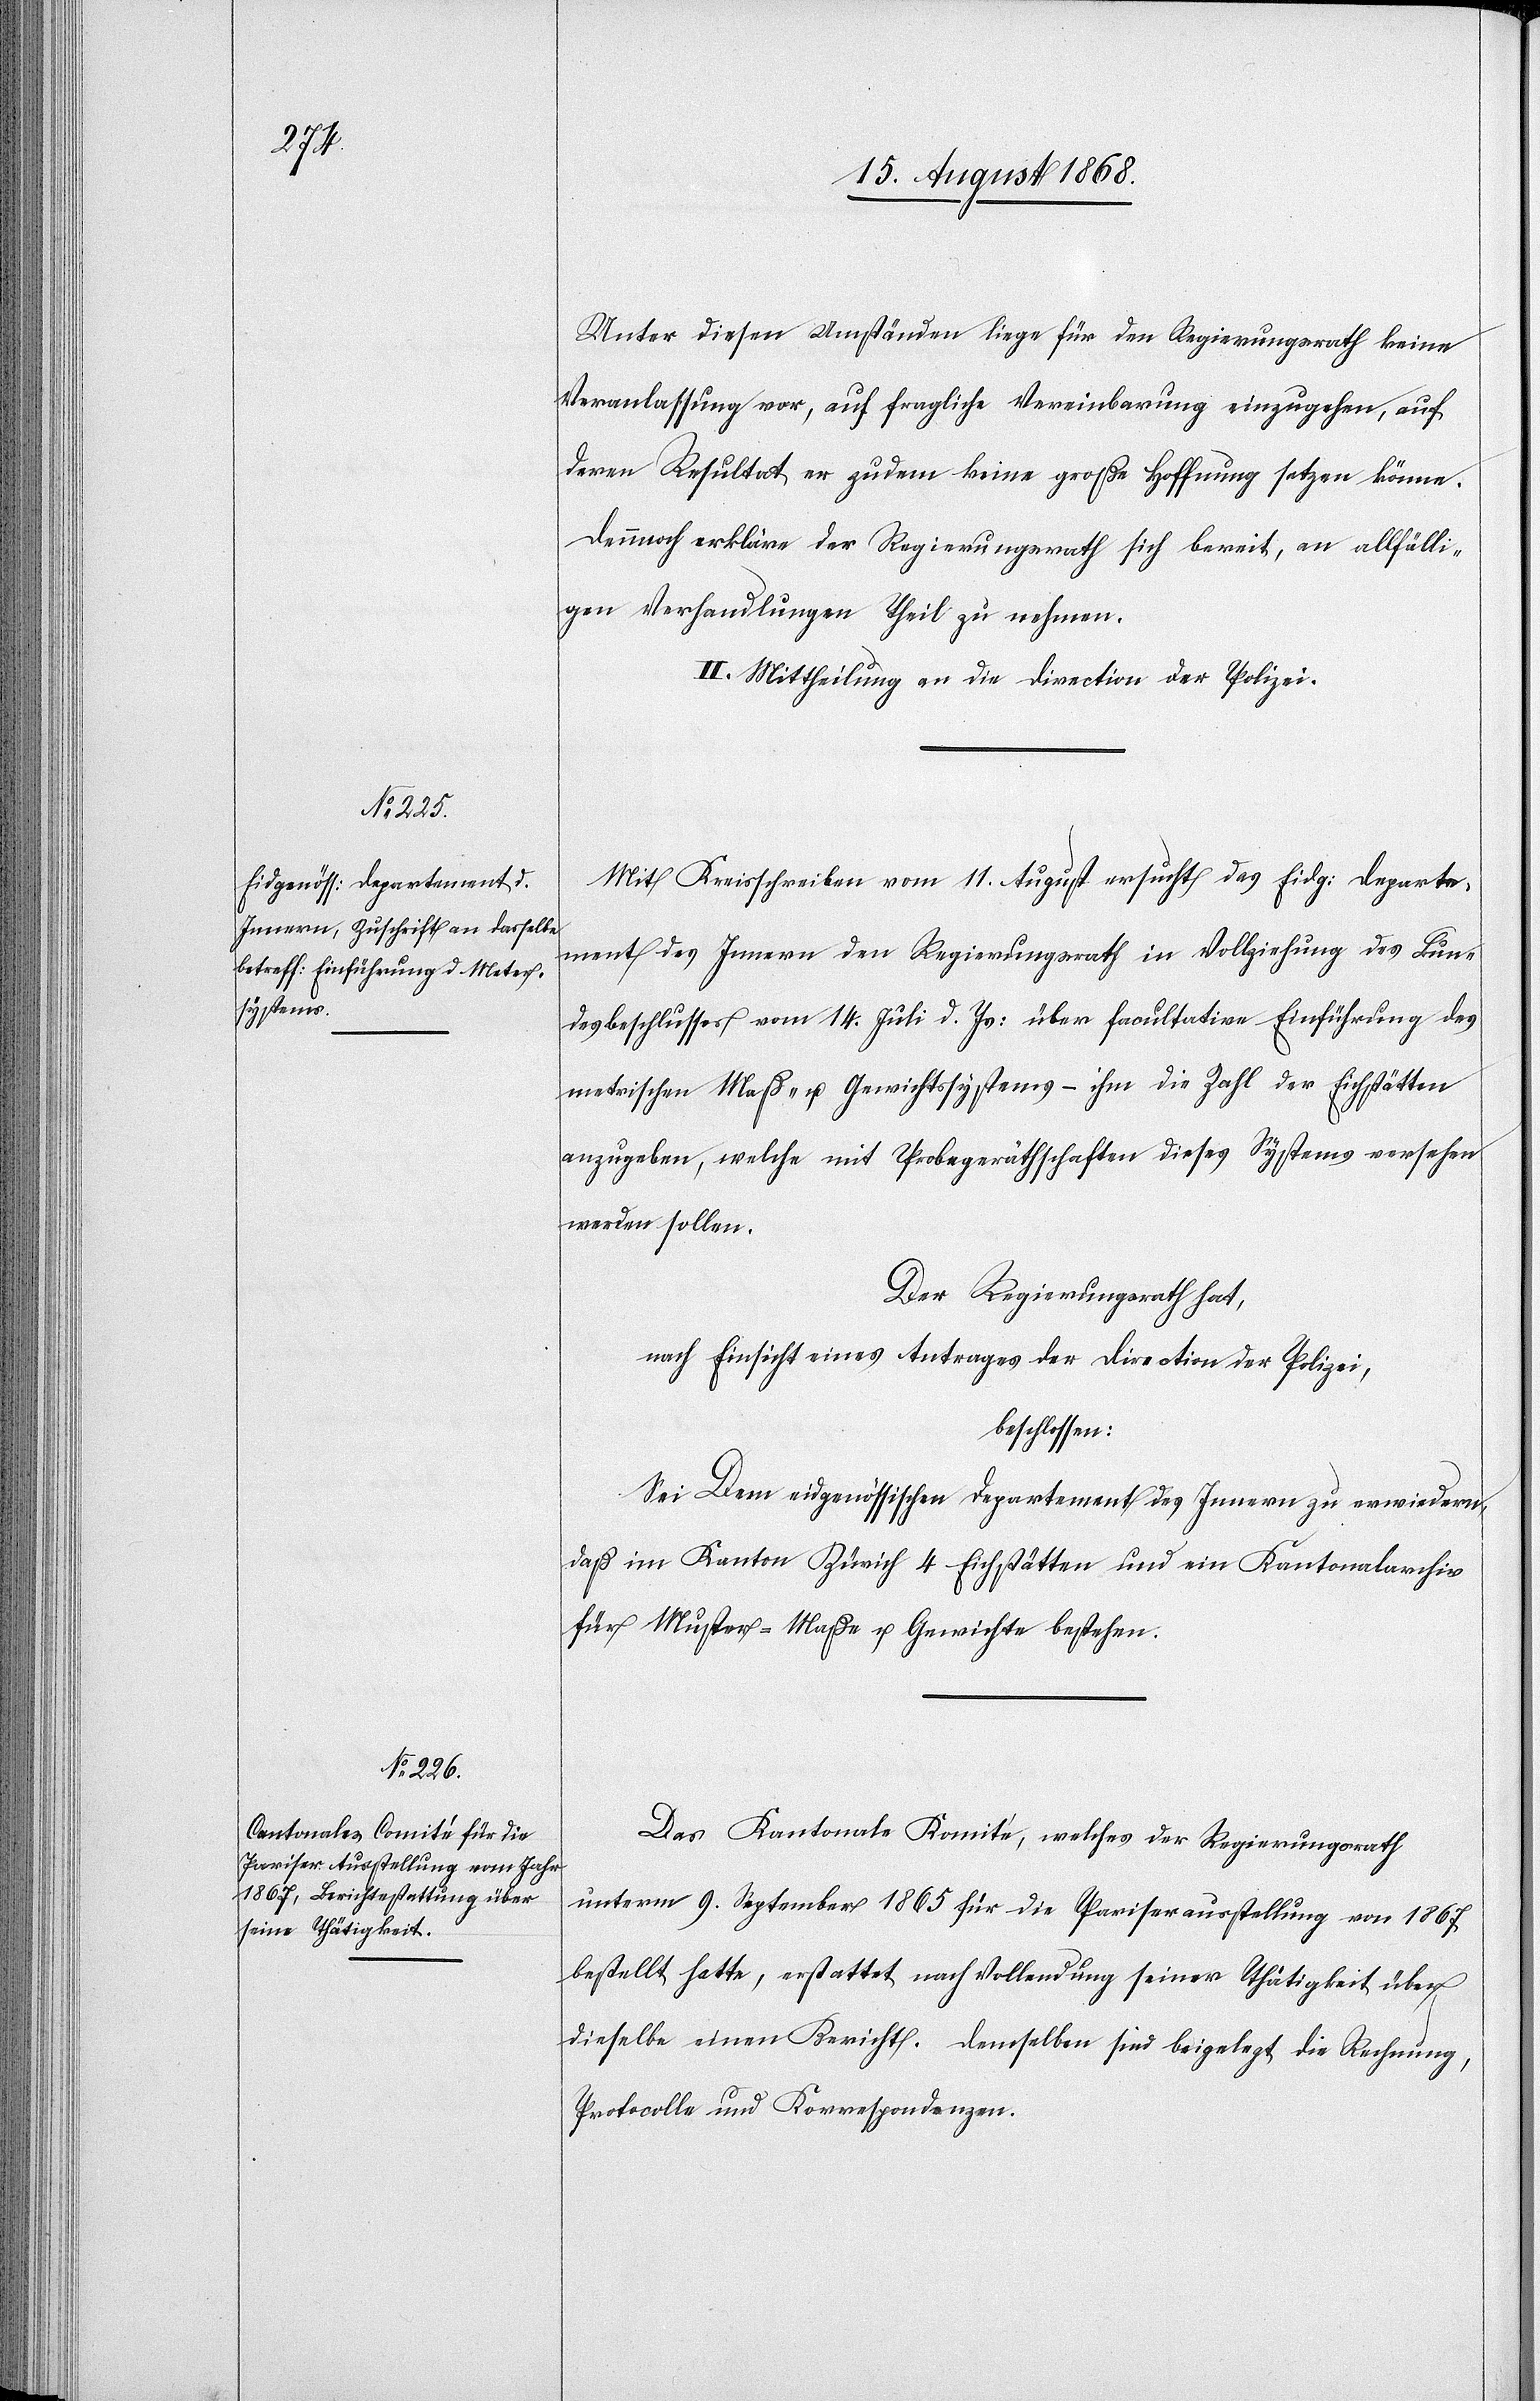
Unter diesen Umständen liege für den Regierungsrath keine
Veranlassung vor, auf fragliche Vereinbarung einzugehen, auf
deren Resultat er zudem keine große Hoffnung setzen könne.
Dennoch erkläre der Regierungsrath sich bereit, an allfälli¬
gen Verhandlungen Theil zu nehmen.
II. Mittheilung an die Direction der Polizei.
Mit Kreisschreiben vom 11. August ersucht das Eidg: Departe¬
ment des Innern den Regierungsrath in Vollziehung des Bun¬
desbeschlusses vom 14. Juli d. Js: über facultative Einführung des
metrischen Maß- u. Gewichtssystems – ihm die Zahl der Eichstätten
anzugeben, welche mit Probegeräthschaften dieses Systems versehen
werden sollen.
Der Regierungsrath hat,
nach Einsicht eines Antrages der Direction der Polizei,
beschlossen:
Dem [sic!] eidgenössischen Departement des Innern zu erwiedern,
daß ihm Kanton Zürich 4 Eichstätten und ein Kantonalarchiv
für Muster-Maße u. Gewichte bestehen.
Das Kantonale Komité, welches der Regierungsrath
unterm 9. September 1865 für die Pariserausstellung von 1867
bestellt hatte, erstattet nach Vollendung seiner Thätigkeit über
dieselbe einen Bericht. Demselben sind beigelegt die Rechnung,
Protocolle und Korrespondenzen.